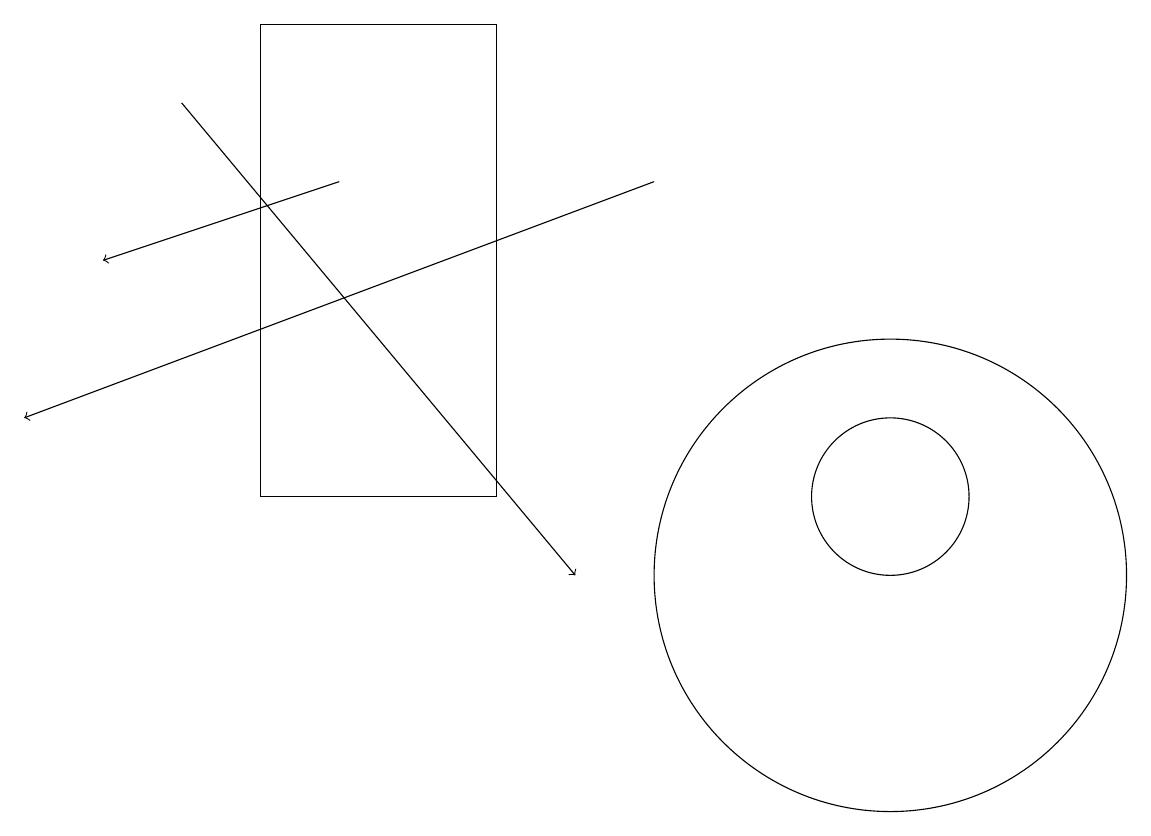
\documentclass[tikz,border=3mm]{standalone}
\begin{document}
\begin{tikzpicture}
\draw[->] (8,15) -- (0,12);
\draw[->] (4,15) -- (1,14);
\draw[->] (2,16) -- (7,10);
\draw (3,17) rectangle (6,11);
\draw (11,11) circle (1);
\draw (11,10) circle (3);
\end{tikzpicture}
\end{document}